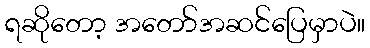
ရဆိုတော့ အတော်အဆင်ပြေမှာပဲ။